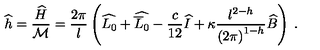
\widehat { h } = \displaystyle \frac { \widehat { H } } { { \cal M } } = \displaystyle \frac { 2 \pi } { l } \left( \widehat { L _ { 0 } } + \widehat { \overline { { L } } _ { 0 } } - \displaystyle \frac { c } { 1 2 } \widehat { I } + \kappa \displaystyle \frac { l ^ { 2 - h } } { \left( 2 \pi \right) ^ { 1 - h } } \widehat { B } \right) \: .